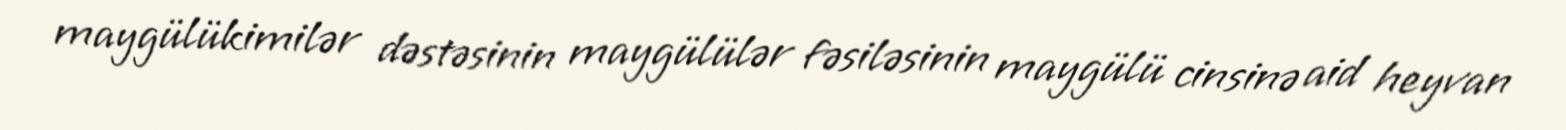
maygülükimilər dəstəsinin maygülülər fəsiləsinin maygülü cinsinə aid heyvan